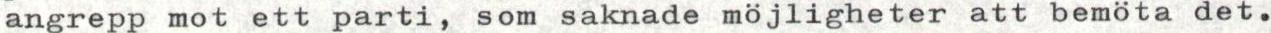
angrepp mot ett parti, som saknade möjligheter att bemöta det.